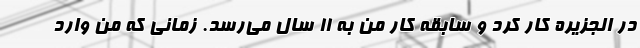
در الجزیره کار کرد و سابقه کار من به 11 سال می‌رسد. زمانی که من وارد